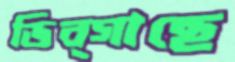
ডিব্গাছে